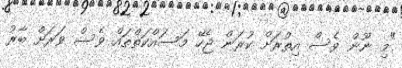
"މި ނޫން ވެސް އިތުރަށް ކުރަން ޖެހޭ މަސައްކަތްތައް ވެސް ވަރަށް ބާރު